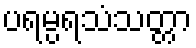
ပရမ္ပရသံသတ္တာ